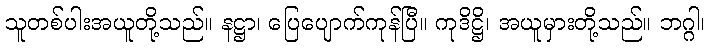
သူတစ်ပါးအယူတို့သည်။ နဋ္ဌာ၊ ပြေပျောက်ကုန်ပြီ။ ကုဒိဋ္ဌိ၊ အယူမှားတို့သည်။ ဘဂ္ဂါ၊